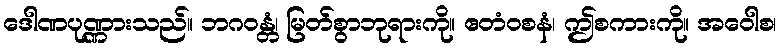
ဒေါဏပုဏ္ဏားသည်။ ဘဂဝန္တံ၊ မြတ်စွာဘုရားကို။ ဧတံဝစနံ၊ ဤစကားကို။ အဝေါစ၊